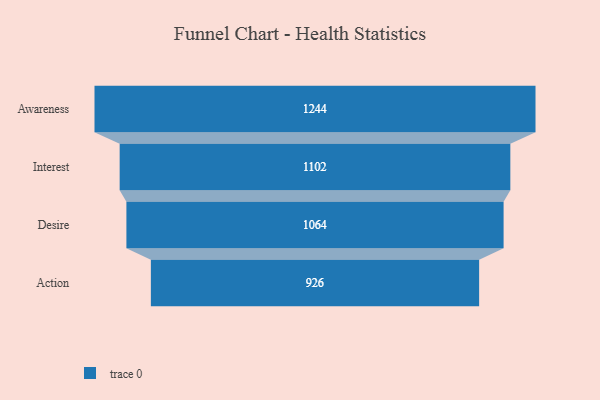
{"axis": {"x": "Stage", "y": "Value"}, "legend": [""], "data": [{"x": "Awareness", "y": 1244.0, "type": ""}, {"x": "Interest", "y": 1102.0, "type": ""}, {"x": "Desire", "y": 1064.0, "type": ""}, {"x": "Action", "y": 926.0, "type": ""}]}